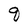
Character: q